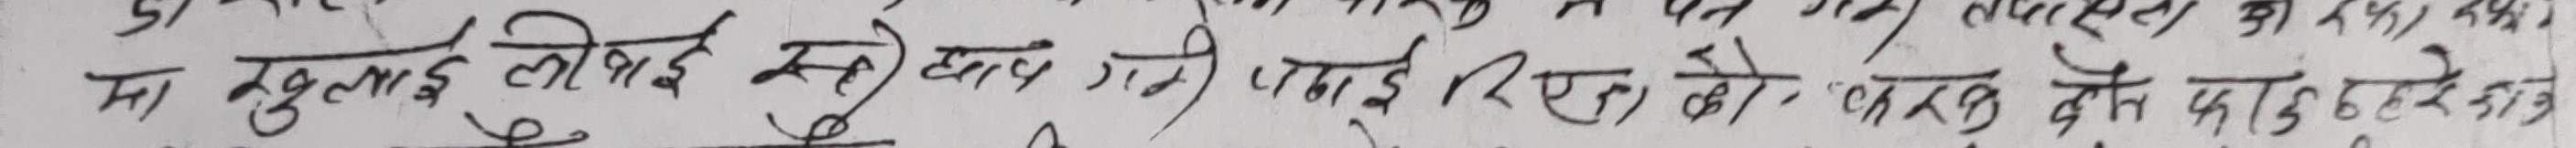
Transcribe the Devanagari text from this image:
मा तुललाई त्यो ठाउँमा पठाए रिस्त को चाखनु दोष कस्तु हरेक